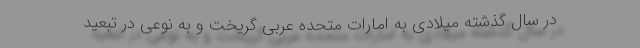
در سال گذشته میلادی به امارات متحده عربی گریخت و به نوعی در تبعید